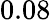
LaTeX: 0.08